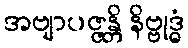
အဗျာပဇ္ဇန္တိ နိဗ္ဗုဒ္ဓံ